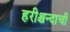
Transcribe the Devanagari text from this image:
हरीश्चन्दाची